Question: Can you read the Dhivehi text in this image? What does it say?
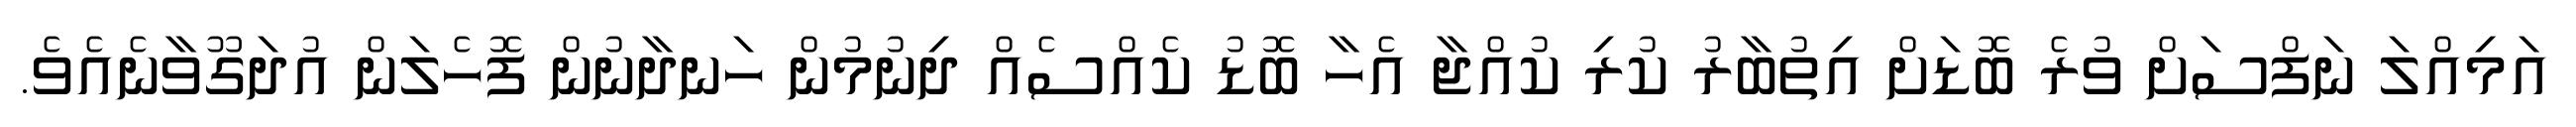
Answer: އަމިއްލަ ނަފްސަށް ވުރެ ބޮޑަށް އިތުބާރު ކުރި ކުއްޖާ އެހާ ބޮޑު ކެއްސެއް ދިނުމުން ހަނދާނުން ފޮހެލަން އުދަގޫވާނެއެވެ.